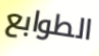
الطوابع